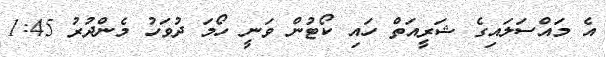
އެ މައްސަލައިގެ ޝަރީއަތް ހައި ކޯޓުން ވަނީ ހޯމަ ދުވަހު މެންދުރު 1:45